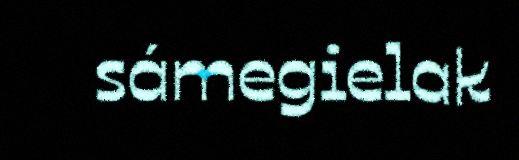
sámegielak